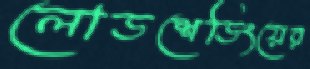
লোডশেডিংয়ের